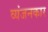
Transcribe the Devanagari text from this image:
व्यंजनकार